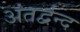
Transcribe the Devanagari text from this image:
अंतर्द्वन्द